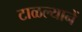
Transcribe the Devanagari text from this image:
टाळल्यानें